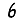
Digit: 6